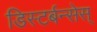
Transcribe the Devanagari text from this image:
डिस्टर्बन्सेस्